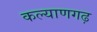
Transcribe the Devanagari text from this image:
कल्याणगढ़